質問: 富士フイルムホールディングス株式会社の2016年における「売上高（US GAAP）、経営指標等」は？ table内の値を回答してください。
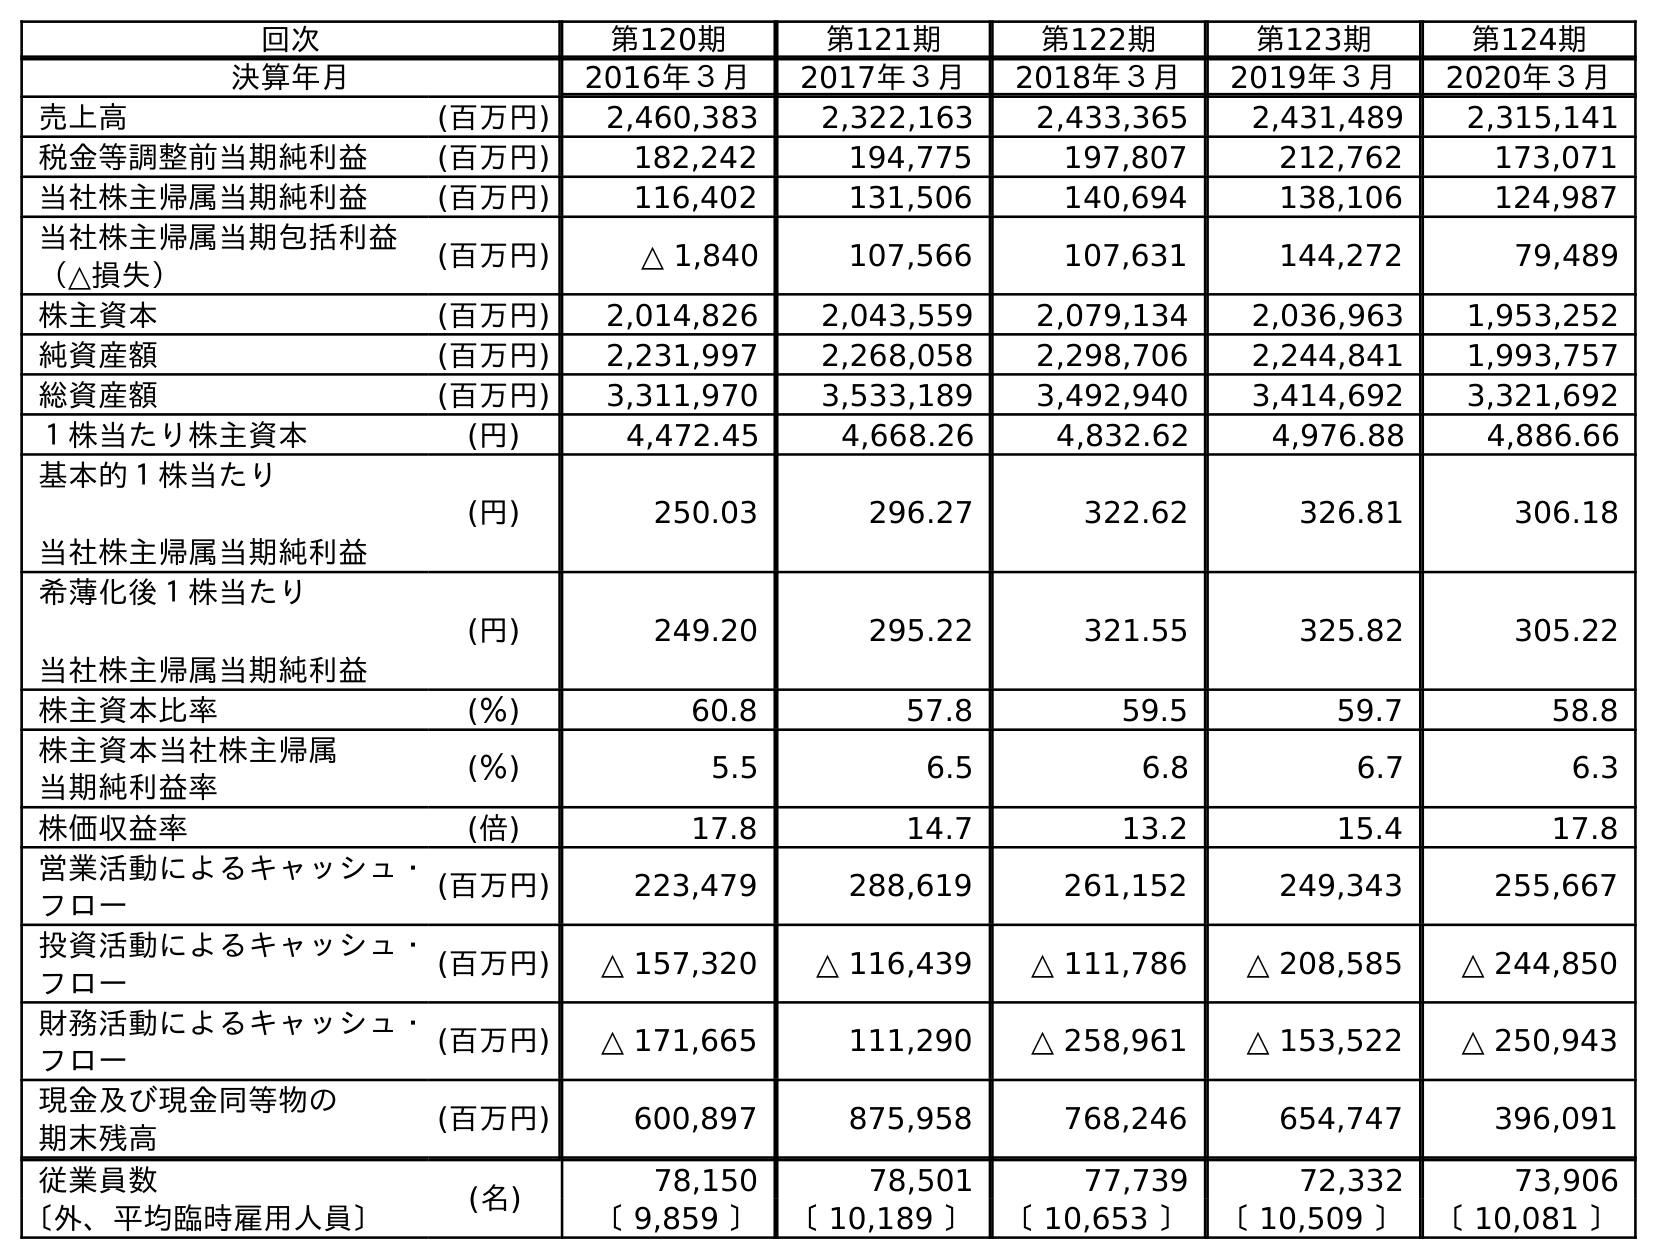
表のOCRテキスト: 回次 第120期 第121期 第122期 第123期 第124期 決算年月 2016年３月 2017年３月 2018年３月 2019年３月 2020年３月 売上高 (百万円) 2,460,383 2,322,163 2,433,365 2,431,489 2,315,141 税金等調整前当期純利益 (百万円) 182,242 194,775 197,807 212,762 173,071 当社株主帰属当期純利益 (百万円) 116,402 131,506 140,694 138,106 124,987 当社株主帰属当期包括利益 （△損失） (百万円) △ 1,840 107,566 107,631 144,272 79,489 株主資本 (百万円) 2,014,826 2,043,559 2,079,134 2,036,963 1,953,252 純資産額 (百万円) 2,231,997 2,268,058 2,298,706 2,244,841 1,993,757 総資産額 (百万円) 3,311,970 3,533,189 3,492,940 3,414,692 3,321,692 １株当たり株主資本 (円) 4,472.45 4,668.26 4,832.62 4,976.88 4,886.66 基本的１株当たり 当社株主帰属当期純利益 (円) 250.03 296.27 322.62 326.81 306.18 希薄化後１株当たり 当社株主帰属当期純利益 (円) 249.20 295.22 321.55 325.82 305.22 株主資本比率 (％) 60.8 57.8 59.5 59.7 58.8 株主資本当社株主帰属 当期純利益率 (％) 5.5 6.5 6.8 6.7 6.3 株価収益率 (倍) 17.8 14.7 13.2 15.4 17.8 営業活動によるキャッシュ・ フロー (百万円) 223,479 288,619 261,152 249,343 255,667 投資活動によるキャッシュ・ フロー (百万円) △ 157,320 △ 116,439 △ 111,786 △ 208,585 △ 244,850 財務活動によるキャッシュ・ フロー (百万円) △ 171,665 111,290 △ 258,961 △ 153,522 △ 250,943 現金及び現金同等物の 期末残高 (百万円) 600,897 875,958 768,246 654,747 396,091 従業員数 (名) 78,150 78,501 77,739 72,332 73,906 〔外、平均臨時雇用人員〕 〔 9,859 〕 〔 10,189 〕 〔 10,653 〕 〔 10,509 〕 〔 10,081 〕
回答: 2,460,383